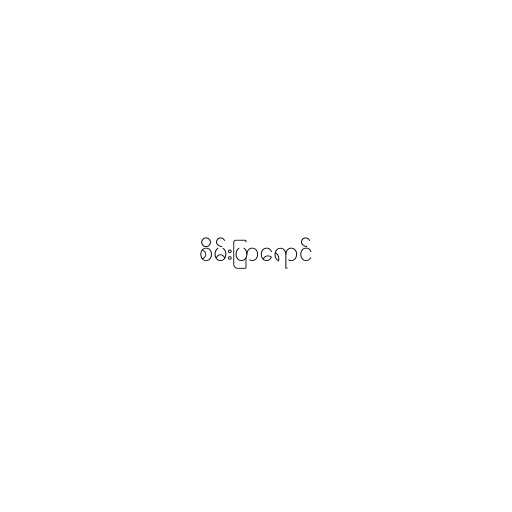
စိမ်းပြာရောင်